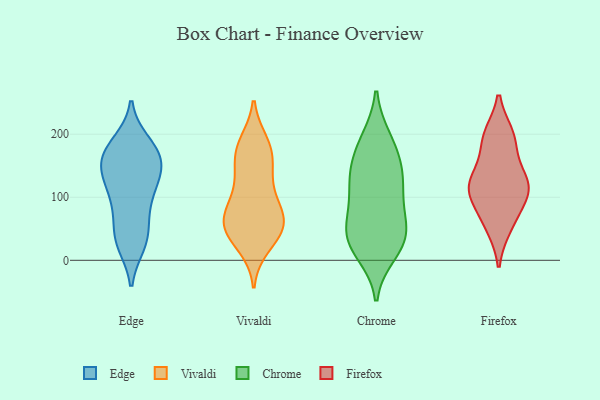
{"axis": {"x": "Operating Costs (USD K)", "y": "Value"}, "legend": ["Chrome", "Edge", "Firefox", "Vivaldi"], "data": [{"x": "", "y": 107, "type": "Edge"}, {"x": "", "y": 125, "type": "Edge"}, {"x": "", "y": 144, "type": "Edge"}, {"x": "", "y": 159, "type": "Edge"}, {"x": "", "y": 100, "type": "Edge"}, {"x": "", "y": 140, "type": "Edge"}, {"x": "", "y": 183, "type": "Edge"}, {"x": "", "y": 142, "type": "Edge"}, {"x": "", "y": 26, "type": "Edge"}, {"x": "", "y": 47, "type": "Edge"}, {"x": "", "y": 29, "type": "Edge"}, {"x": "", "y": 94, "type": "Edge"}, {"x": "", "y": 173, "type": "Edge"}, {"x": "", "y": 164, "type": "Edge"}, {"x": "", "y": 64, "type": "Edge"}, {"x": "", "y": 186, "type": "Edge"}, {"x": "", "y": 29, "type": "Edge"}, {"x": "", "y": 166, "type": "Edge"}, {"x": "", "y": 185, "type": "Vivaldi"}, {"x": "", "y": 176, "type": "Vivaldi"}, {"x": "", "y": 144, "type": "Vivaldi"}, {"x": "", "y": 116, "type": "Vivaldi"}, {"x": "", "y": 67, "type": "Vivaldi"}, {"x": "", "y": 48, "type": "Vivaldi"}, {"x": "", "y": 81, "type": "Vivaldi"}, {"x": "", "y": 58, "type": "Vivaldi"}, {"x": "", "y": 40, "type": "Vivaldi"}, {"x": "", "y": 24, "type": "Vivaldi"}, {"x": "", "y": 114, "type": "Vivaldi"}, {"x": "", "y": 66, "type": "Vivaldi"}, {"x": "", "y": 164, "type": "Vivaldi"}, {"x": "", "y": 46, "type": "Vivaldi"}, {"x": "", "y": 177, "type": "Vivaldi"}, {"x": "", "y": 70, "type": "Vivaldi"}, {"x": "", "y": 158, "type": "Chrome"}, {"x": "", "y": 42, "type": "Chrome"}, {"x": "", "y": 152, "type": "Chrome"}, {"x": "", "y": 28, "type": "Chrome"}, {"x": "", "y": 71, "type": "Chrome"}, {"x": "", "y": 192, "type": "Chrome"}, {"x": "", "y": 12, "type": "Chrome"}, {"x": "", "y": 38, "type": "Chrome"}, {"x": "", "y": 189, "type": "Chrome"}, {"x": "", "y": 126, "type": "Chrome"}, {"x": "", "y": 129, "type": "Chrome"}, {"x": "", "y": 54, "type": "Chrome"}, {"x": "", "y": 114, "type": "Chrome"}, {"x": "", "y": 24, "type": "Chrome"}, {"x": "", "y": 92, "type": "Chrome"}, {"x": "", "y": 97, "type": "Firefox"}, {"x": "", "y": 129, "type": "Firefox"}, {"x": "", "y": 123, "type": "Firefox"}, {"x": "", "y": 62, "type": "Firefox"}, {"x": "", "y": 126, "type": "Firefox"}, {"x": "", "y": 184, "type": "Firefox"}, {"x": "", "y": 197, "type": "Firefox"}, {"x": "", "y": 115, "type": "Firefox"}, {"x": "", "y": 54, "type": "Firefox"}, {"x": "", "y": 107, "type": "Firefox"}, {"x": "", "y": 197, "type": "Firefox"}]}